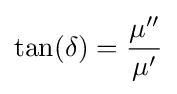
\tan(\delta )={\frac {\mu ''}{\mu '}}